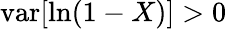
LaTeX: \operatorname{var}[\ln(1-X)]>0